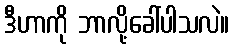
ဒီဟာကို ဘာလို့ခေါ်ပါသလဲ။